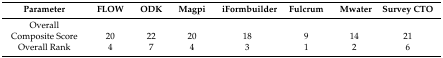
<table><thead><tr><td><b>Parameter</b></td><td><b>FLOW</b></td><td><b>ODK</b></td><td><b>Magpi</b></td><td><b>iFormbuilder</b></td><td><b>Fulcrum</b></td><td><b>Mwater</b></td><td><b>Survey CTO</b></td></tr></thead><tbody><tr><td>Overall</td><td></td><td></td><td></td><td></td><td></td><td></td><td></td></tr><tr><td>Composite Score</td><td>20</td><td>22</td><td>20</td><td>18</td><td>9</td><td>14</td><td>21</td></tr><tr><td>Overall Rank</td><td>4</td><td>7</td><td>4</td><td>3</td><td>1</td><td>2</td><td>6</td></tr></tbody></table>